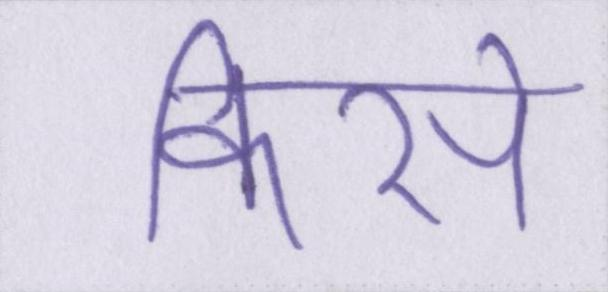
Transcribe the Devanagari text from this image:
किसे